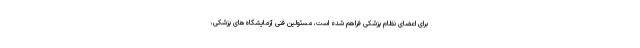
برای اعضای نظام پزشکی فراهم شده است، مسئولین فنی آزمایشگاه‌های پزشکی،